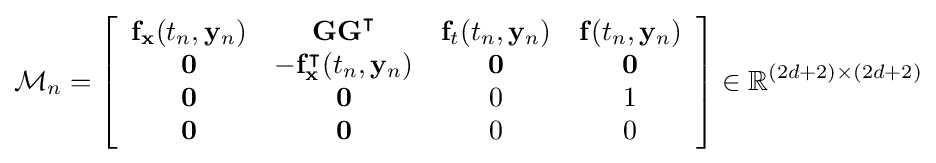
{\mathcal {M}}_{n}=\left[{\begin{array}{cccc}\mathbf {f} _{\mathbf {x} }(t_{n},\mathbf {y} _{n})&\mathbf {GG} ^{\intercal }&\mathbf {f} _{t}(t_{n},\mathbf {y} _{n})&\mathbf {f} (t_{n},\mathbf {y} _{n})\\\mathbf {0} &-\mathbf {f} _{\mathbf {x} }^{\intercal }(t_{n},\mathbf {y} _{n})&\mathbf {0} &\mathbf {0} \\\mathbf {0} &\mathbf {0} &0&1\\\mathbf {0} &\mathbf {0} &0&0\end{array}}\right]\in \mathbb {R} ^{(2d+2)\times (2d+2)}